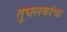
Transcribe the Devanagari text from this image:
तुघलकांचा